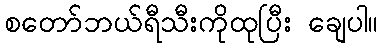
စတော်ဘယ်ရီသီးကိုထုပြီး ချေပါ။